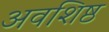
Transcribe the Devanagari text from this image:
अवशिष्ठ